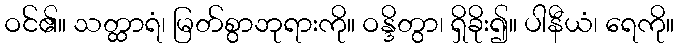
ဝင်၏။ သတ္ထာရံ၊ မြတ်စွာဘုရားကို။ ဝန္ဒိတွာ၊ ရှိခိုး၍။ ပါနီယံ၊ ရေကို။